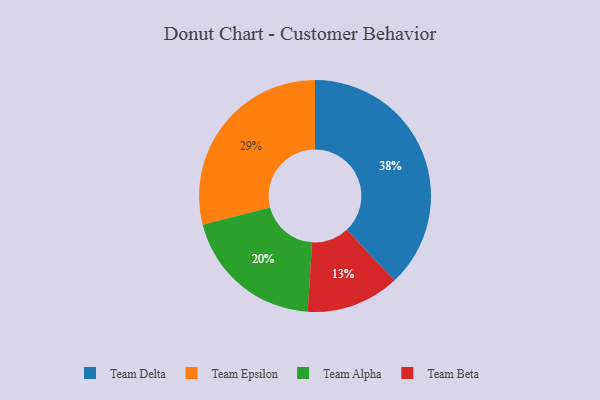
{"axis": {"x": "Category", "y": "Percentage"}, "legend": ["Team Alpha", "Team Beta", "Team Delta", "Team Epsilon"], "data": [{"x": "Team Alpha", "y": 20, "type": "Team Alpha"}, {"x": "Team Beta", "y": 13, "type": "Team Beta"}, {"x": "Team Epsilon", "y": 29, "type": "Team Epsilon"}, {"x": "Team Delta", "y": 38, "type": "Team Delta"}]}